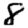
Digit: 8